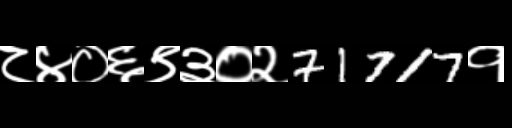
Text: ८४०६९३०२71717१